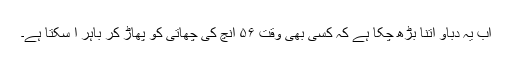
اب یہ دباو اتنا بڑھ چکا ہے کہ کسی بھی وقت ۵۶ انچ کی چھاتی کو پھاڑ کر باہر آ سکتا ہے۔